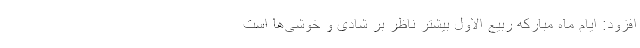
افزود: ایام ماه مبارکه ربیع الاول بیشتر ناظر بر شادی و خوشی‌ها است